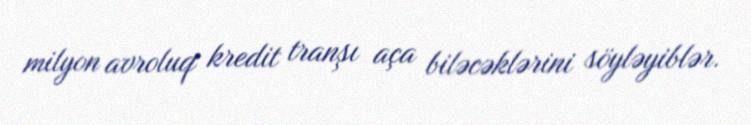
milyon avroluq kredit tranşı aça biləcəklərini söyləyiblər.